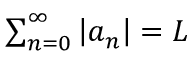
\textstyle \sum _ { n = 0 } ^ { \infty } \left| a _ { n } \right| = L